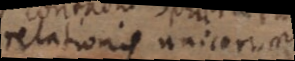
relationis unicorum